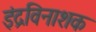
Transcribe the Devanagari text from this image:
इंद्रविनाशक